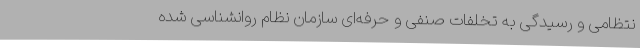
نتظامی و رسیدگی به تخلفات صنفی و حرفه‌ای سازمان نظام روانشناسی شده